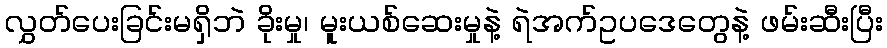
လွှတ်ပေးခြင်းမရှိဘဲ ခိုးမှု၊ မူးယစ်ဆေးမှုနဲ့ ရဲအက်ဥပဒေတွေနဲ့ ဖမ်းဆီးပြီး